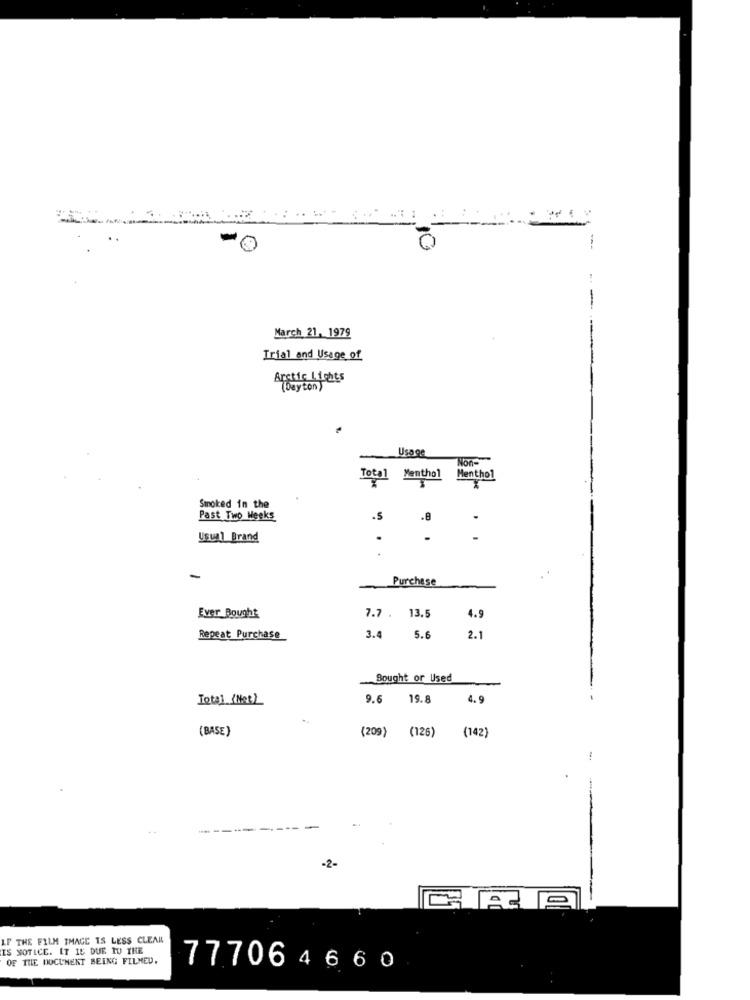
March 21, 1979
Trial and Usage of
Arctic Lights
(Dayton )
Usage
Non-
Total Menthol
Menthol
Smoked in the
Past Two Weeks
-S
.8
Usual Brand
-
Purchase
Ever Bought
7.7 . 13.5
4.9
Repeat Purchase
3.4
5.6
2.1
Bought or Used
Total (Not)
9.6 19.8
4.9
(BASE)
(209) (126) (142)
-2-
LF THE FILM IMAGE IS LESS CLEAR
IS NOTICE. IT IS DUE TO THE
OF THE DOCUMENT BEING FILMED.
777064660